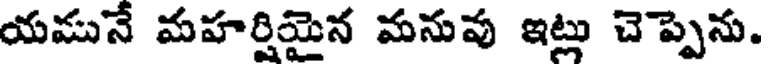
యమునే మహర్షియైన మనువ ఇట్లు చెప్పెను.